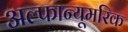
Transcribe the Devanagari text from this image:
अल्फान्यूमरिक